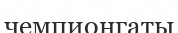
чемпионгаты